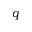
q